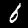
Digit: 6